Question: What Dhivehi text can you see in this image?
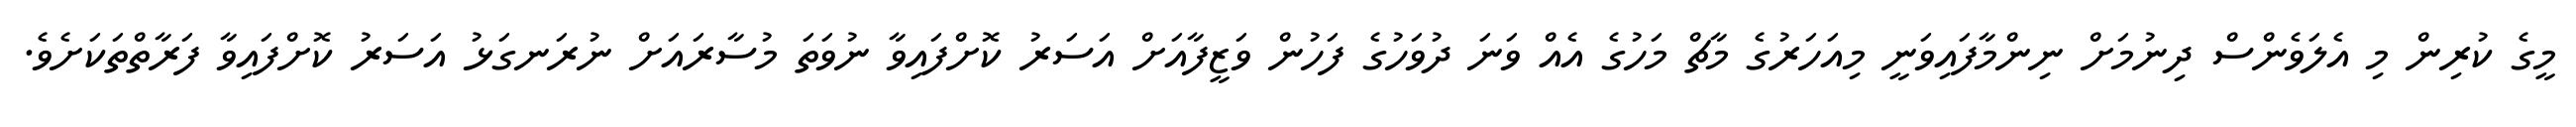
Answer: މީގެ ކުރިން މި އެލަވެންސް ދިނުމަށް ނިންމާފައިވަނީ މިއަހަރުގެ މާޗް މަހުގެ އެއް ވަނަ ދުވަހުގެ ފަހުން ވަޒީފާއަށް އަސަރު ކޮށްފައިވާ ނުވަތަ މުސާރައަށް ނުރަނގަޅު އަސަރު ކޮށްފައިވާ ފަރާތްތަކަށެވެ.